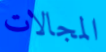
المجالات